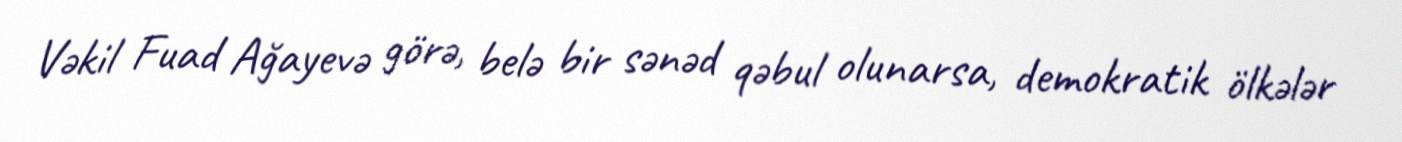
Vəkil Fuad Ağayevə görə, belə bir sənəd qəbul olunarsa, demokratik ölkələr